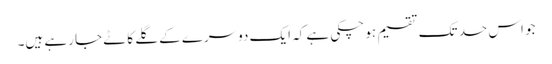
جو اس حد تک تقسیم ہو چکی ہے کہ ایک دوسرے کے گلے کاٹے جا رہے ہیں۔